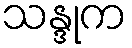
သန္ဒုက